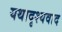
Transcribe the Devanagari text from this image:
यथादृश्यवाद